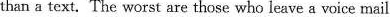
than a text. The worst are those who leave a voice mail